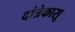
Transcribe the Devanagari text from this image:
दांत्रेकासू